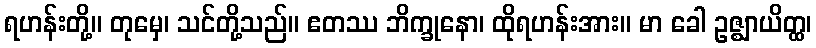
ရဟန်းတို့။ တုမှေ၊ သင်တို့သည်။ ဧတဿ ဘိက္ခုနော၊ ထိုရဟန်းအား။ မာ ခေါ ဥဇ္ဈာယိတ္ထ၊